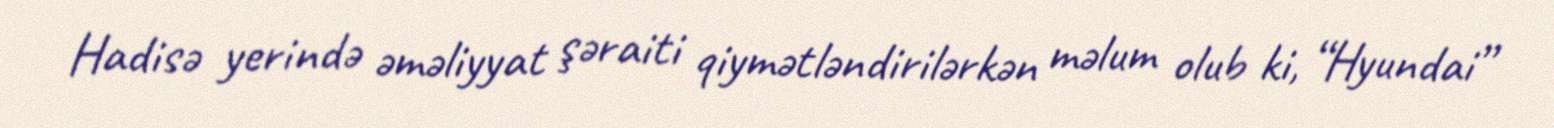
Hadisə yerində əməliyyat şəraiti qiymətləndirilərkən məlum olub ki, “Hyundai”